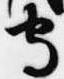
守